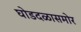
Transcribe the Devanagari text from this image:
घोडदळासमोर